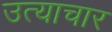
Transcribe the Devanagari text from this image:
उत्याचार